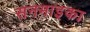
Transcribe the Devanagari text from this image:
सनमाइका